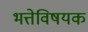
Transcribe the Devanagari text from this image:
भत्तेविषयक